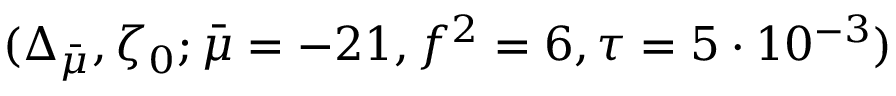
( \Delta _ { \bar { \mu } } , \zeta _ { 0 } ; \bar { \mu } = - 2 1 , f ^ { 2 } = 6 , \tau = 5 \cdot 1 0 ^ { - 3 } )